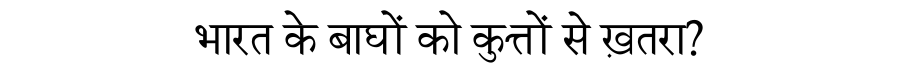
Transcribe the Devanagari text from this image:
भारत के बाघों को कुत्तों से ख़तरा?